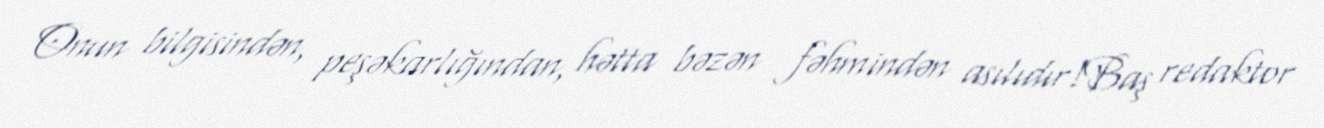
Onun bilgisindən, peşəkarlığından, hətta bəzən fəhmindən asılıdır!Baş redaktor